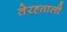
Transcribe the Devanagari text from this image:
तेरह्ताली